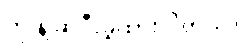
ကို နဲ့ ဆိုပီးခွဲထားပါတယ်။